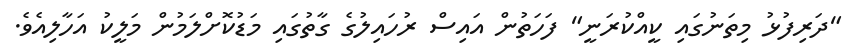
"ދަރިފުޅު މިތަނުގައި ކީއްކުރަނީ" ފަހަތުން އައިސް ރުހައިލުގެ ގާތުގައި މަޑުކޮށްލަމުން މަލީކު އަހާލިއެވެ.